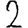
Digit: 2